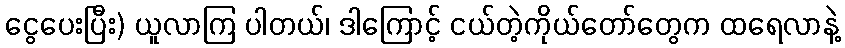
ငွေပေးပြီး) ယူလာကြ ပါတယ်၊ ဒါကြောင့် ငယ်တဲ့ကိုယ်တော်တွေက ထရေလာနဲ့